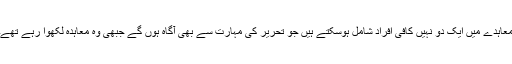
معاہدے میں ایک دو نہیں کافی افراد شامل ہوسکتے ہیں جو تحریر کی مہارت سے بھی آگاہ ہوں گے جبھی وہ معاہدہ لکھوا رہے تھے۔